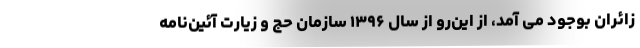
زائران بوجود می آمد، از این‌رو از سال ۱۳۹۶ سازمان حج و زیارت آئین‌نامه